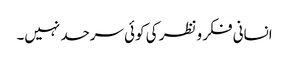
انسانی فکر و نظر کی کوئی سرحد نہیں۔